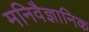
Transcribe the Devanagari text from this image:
मनिवैज्ञानिक